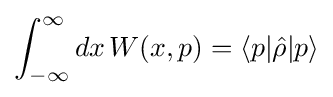
\int _{-\infty }^{\infty }dx\,W(x,p)=\langle p|{\hat {\rho }}|p\rangle